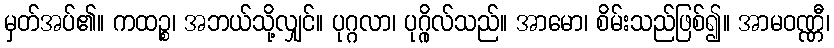
မှတ်အပ်၏။ ကထဉ္စ၊ အဘယ်သို့လျှင်။ ပုဂ္ဂလာ၊ ပုဂ္ဂိုလ်သည်။ အာမော၊ စိမ်းသည်ဖြစ်၍။ အာမဝဏ္ဏီ၊